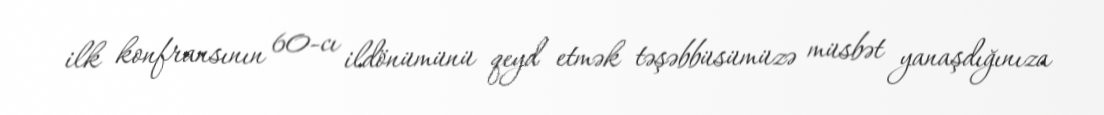
ilk konfransının 60-cı ildönümünü qeyd etmək təşəbbüsümüzə müsbət yanaşdığınıza